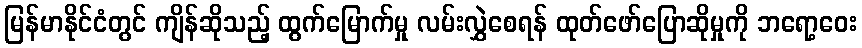
မြန်မာနိုင်ငံတွင် ကျိန်ဆိုသည့် ထွက်မြောက်မှု လမ်းလွှဲစေရန် ထုတ်ဖော်ပြောဆိုမှုကို ဘရော့ဝေး